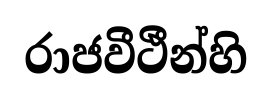
රාජවීථීන්හි